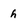
Character: h